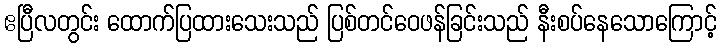
ဧပြီလတွင်း ထောက်ပြထားသေးသည် ပြစ်တင်ဝေဖန်ခြင်းသည် နီးစပ်နေသောကြောင့်